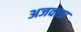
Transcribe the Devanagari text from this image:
अजवाडा